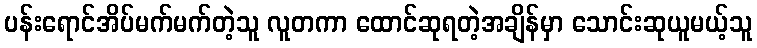
ပန်းရောင်အိပ်မက်မက်တဲ့သူ လူတကာ ထောင်ဆုရတဲ့အချိန်မှာ သောင်းဆုယူမယ့်သူ